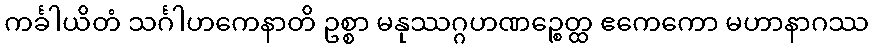
ကင်္ခါယိတံ သင်္ဂါဟကေနာတိ ဥစ္စာ မနုဿဂ္ဂဟဏဉ္စေတ္ထ ဧကေကော မဟာနာဂဿ